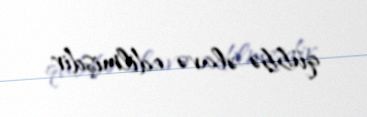
qübbə əlavə edilmişdir.